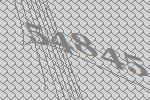
54845